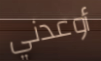
أوعدني